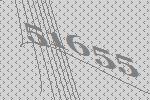
51655